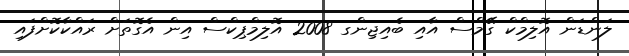
ލަންޑަން އޮލިމްކް ގޭމްސް އާއި ބެއިޖިންގ 2008 އޮލިމްޕިކްސް އިން އެގޮތަަށް ރައްކާކޮށްފައި